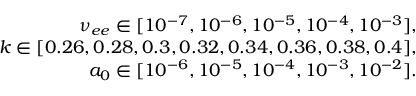
\begin{array} { r } { \nu _ { e e } \in [ 1 0 ^ { - 7 } , 1 0 ^ { - 6 } , 1 0 ^ { - 5 } , 1 0 ^ { - 4 } , 1 0 ^ { - 3 } ] , } \\ { k \in [ 0 . 2 6 , 0 . 2 8 , 0 . 3 , 0 . 3 2 , 0 . 3 4 , 0 . 3 6 , 0 . 3 8 , 0 . 4 ] , } \\ { a _ { 0 } \in [ 1 0 ^ { - 6 } , 1 0 ^ { - 5 } , 1 0 ^ { - 4 } , 1 0 ^ { - 3 } , 1 0 ^ { - 2 } ] . } \end{array}